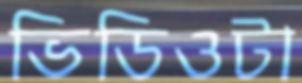
ভিডিওটা